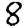
Digit: 8